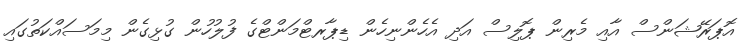
އޮޕަރޭޝަންސް އާއި މެރިން ޕޮލިސް އަދި އެހެންނިހެން ޑިޕާރޓްމަންޓްގެ ފުލުހުން ގުޅިގެން މިމަސައްކަތުގައި